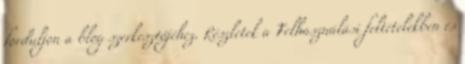
forduljon a blog szerkesztőjéhez. Részletek a Felhasználási feltételekben és